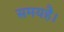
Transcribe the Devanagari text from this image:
समयहै।